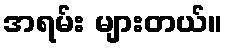
အရမ်း များတယ်။